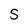
Character: S